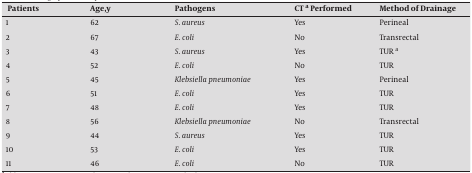
| Patients | Age,y | Pathogens | CTaPerformed | Method of Drainage |
 | --- | --- | --- | --- | --- |
 | 1 | 62 | S. aureus | Yes | Perineal |
 | 2 | 67 | E. coli | No | Transrectal |
 | 3 | 43 | S. aureus | Yes | TURa |
 | 4 | 52 | E. coli | No | TUR |
 | 5 | 45 | Klebsiella pneumoniae | Yes | Perineal |
 | 6 | 51 | E. coli | Yes | TUR |
 | 7 | 48 | E. coli | Yes | TUR |
 | 8 | 56 | Klebsiella pneumoniae | No | Transrectal |
 | 9 | 44 | S. aureus | Yes | TUR |
 | 10 | 53 | E. coli | Yes | TUR |
 | 11 | 46 | E. coli | No | TUR |